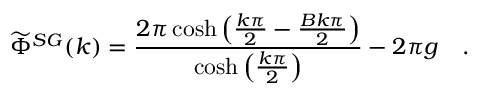
\widetilde { \Phi } ^ { S G } ( k ) = \frac { 2 \pi \cosh \left( \frac { k \pi } { 2 } - \frac { B k \pi } { 2 } \right) } { \cosh \left( \frac { k \pi } { 2 } \right) } - 2 \pi g \quad .